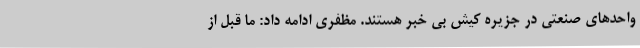
واحدهای صنعتی در جزیره کیش بی خبر هستند. مظفری ادامه داد: ما قبل از